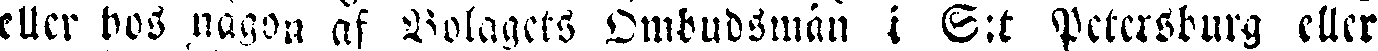
eller hos någon af Bolagets Ombudsmän i S:t Petersburg eller